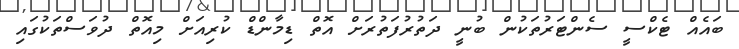
ބައެއް ޓެކްސީ ސެންޓަރުތަކުން ބުނީ ދަތުރުފަތުރަށް އޮތް ޑިމާންޑް ކުރިއަށް މިއޮތް ދުވަސްތަކުގައި